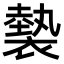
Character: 𧜼